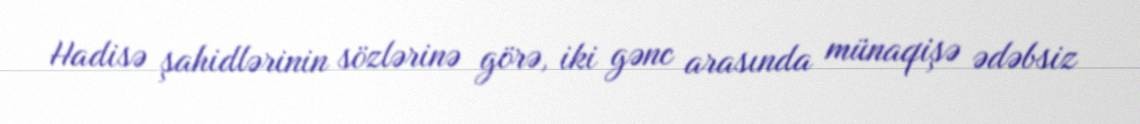
Hadisə şahidlərinin sözlərinə görə, iki gənc arasında münaqişə ədəbsiz